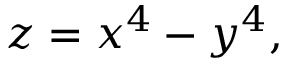
z = x ^ { 4 } - y ^ { 4 } ,